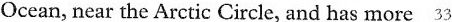
Ocean, near the Arctic Circle, and has more 33